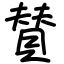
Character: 賛